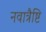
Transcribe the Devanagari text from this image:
नवात्रैष्टि